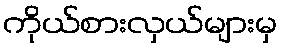
ကိုယ်စားလှယ်များမှ